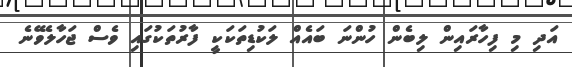
އަދި މި ފިހާރައިން ލިބެން ހުންނަ ބައެއް ލަކުޑިތަކަކީ ފާރުތަކުގައި ވެސް ޖަހާލެވޭނެ